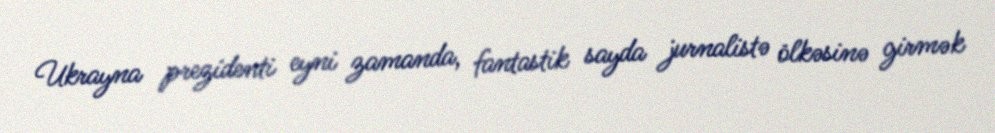
Ukrayna prezidenti eyni zamanda, fantastik sayda jurnalistə ölkəsinə girmək